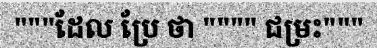
"""ដែល ប្រែ ថា """" ជម្រះ"""